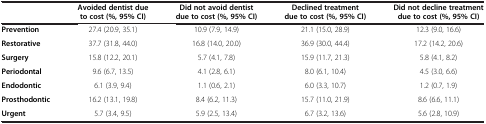
<table><thead><tr><td><b> </b></td><td><b>Avoided dentist due to cost (%, 95% CI)</b></td><td><b>Did not avoid dentist due to cost (%, 95% CI)</b></td><td><b>Declined treatment due to cost (%, 95% CI)</b></td><td><b>Did not decline treatment due to cost (%, 95% CI)</b></td></tr></thead><tbody><tr><td><b>Prevention</b></td><td>27.4 (20.9, 35.1)</td><td>10.9 (7.9, 14.9)</td><td>21.1 (15.0, 28.9)</td><td>12.3 (9.0, 16.6)</td></tr><tr><td><b>Restorative</b></td><td>37.7 (31.8, 44.0)</td><td>16.8 (14.0, 20.0)</td><td>36.9 (30.0, 44.4)</td><td>17.2 (14.2, 20.6)</td></tr><tr><td><b>Surgery</b></td><td>15.8 (12.2, 20.1)</td><td>5.7 (4.1, 7.8)</td><td>15.9 (11.7, 21.3)</td><td>5.8 (4.1, 8.2)</td></tr><tr><td><b>Periodontal</b></td><td>9.6 (6.7, 13.5)</td><td>4.1 (2.8, 6.1)</td><td>8.0 (6.1, 10.4)</td><td>4.5 (3.0, 6.6)</td></tr><tr><td><b>Endodontic</b></td><td>6.1 (3.9, 9.4)</td><td>1.1 (0.6, 2.1)</td><td>6.0 (3.3, 10.7)</td><td>1.2 (0.7, 1.9)</td></tr><tr><td><b>Prosthodontic</b></td><td>16.2 (13.1, 19.8)</td><td>8.4 (6.2, 11.3)</td><td>15.7 (11.0, 21.9)</td><td>8.6 (6.6, 11.1)</td></tr><tr><td><b>Urgent</b></td><td>5.7 (3.4, 9.5)</td><td>5.9 (2.5, 13.4)</td><td>6.7 (3.2, 13.6)</td><td>5.6 (2.8, 10.9)</td></tr></tbody></table>